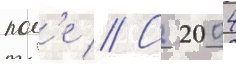
пол'е // С 2004